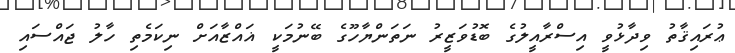
ޢުރައިޤާތު ވިދާޅުވީ އިސްރާއީލުގެ ބޮޑުވަޒީރު ނަތަންޔާހޫގެ ބޭނުމަކީ ޣައްޒާއަށް ނިކަމެތި ހާލު ޖައްސައި